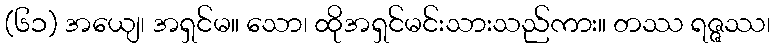
(၆၁) အယျေ၊ အရှင်မ။ သော၊ ထိုအရှင်မင်းသားသည်ကား။ တဿ ရဇ္ဇဿ၊